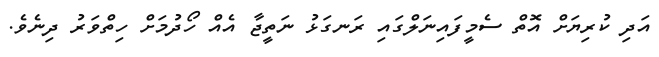
އަދި ކުރިޔަށް އޮތް ސެމީފައިނަލްގައި ރަނގަޅު ނަތީޖާ އެއް ހޯދުމަށް ހިތްވަރު ދިނެވެ.